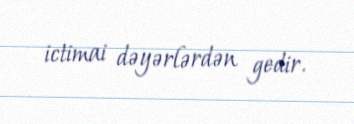
ictimai dəyərlərdən gedir.